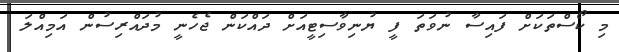
މި ކޯސްތަކަށް ފައިސާ ނުވަތަ ފީ ޔުނިވާސިޓީއަށް ދައްކަން ޖެހެނީ މުދައްރިސުން އަމިއްލަ